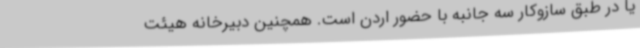
یا در طبق سازوکار سه جانبه با حضور اردن است. همچنین دبیرخانه هیئت